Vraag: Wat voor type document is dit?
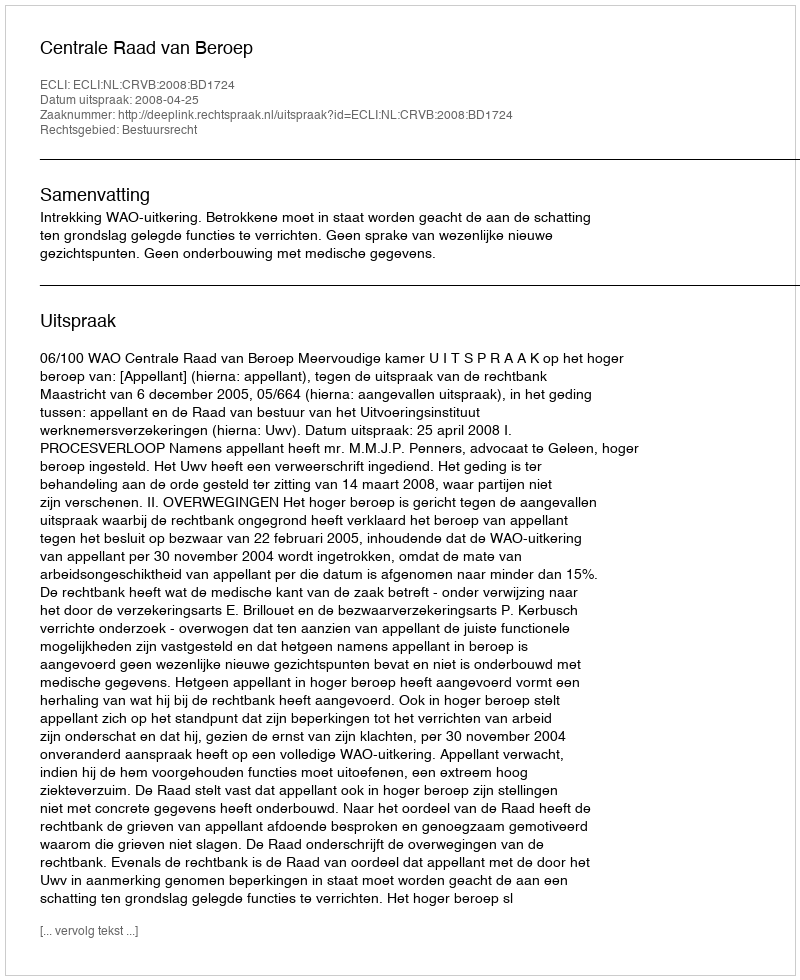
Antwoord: Uitspraak